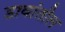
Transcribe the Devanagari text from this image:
डावांतील